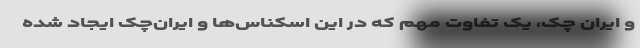
و ایران چک، یک تفاوت مهم که در این اسکناس‌ها و ایران‌چک ایجاد شده